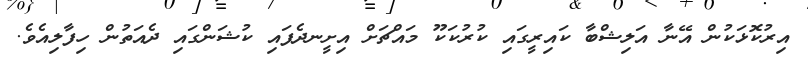
އިރުކޮޅަކުން އޭނާ އަލިޝްބާ ކައިރީގައި ކުރުކަކޫ މައްޗަށް އިށީނދެފައި ކުޝަންގައި ދެއަތުން ހިފާލިއެވެ.